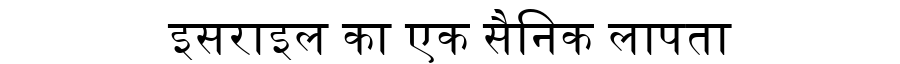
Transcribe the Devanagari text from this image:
इसराइल का एक सैनिक लापता